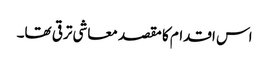
اس اقدام کا مقصد معاشی ترقی تھا۔